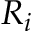
R _ { i }